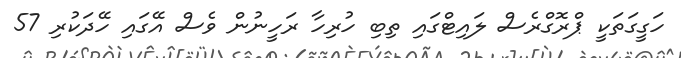
ހަގީގަތަކީ ޕްރޮގްރެސް ލައިޓްގައި ތިބި ހުރިހާ ރަހީނުން ވެސް އޭގައި ހޭދަކުރި 57